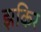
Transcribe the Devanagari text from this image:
झकिर